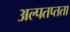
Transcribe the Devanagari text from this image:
अल्पतप्तता